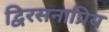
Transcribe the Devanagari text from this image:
द्विरसनाप्रिय